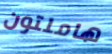
هاملتون